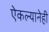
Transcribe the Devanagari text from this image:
ऐकल्यानेही